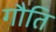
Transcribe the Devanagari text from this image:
गौति